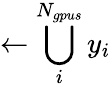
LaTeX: \gets\bigcup_{i}^{N_{gpus}}y_{i}